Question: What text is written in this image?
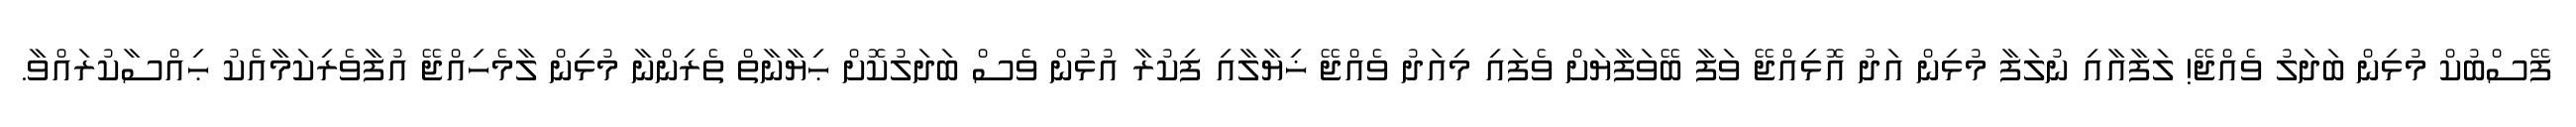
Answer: ފޭސްބުކް މުޅިން ބަދަލު ވެއްޖޭ! ލަފާއާއި ނުލަފާ މުޅިން އަދު އޮޅިއްޖޭ ވަފާ ބޭވަފާޔަށް ވެފައި މިއަދު ވެއްޖޭ ޚިޔާލާއި ފިކުރާ އުޅުން ވެސް ބަދަލުކޮށް ޙިޔާނާތް ތެރިންނާ މުޅިން ލާމެހިއްޖޭ އުފާވެރިކަމާއެކު ޙިއްސާކުރައްވާ.